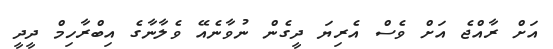
އަށް ރާއްޖެ އަށް ވެސް އެރިޔަ ދީގެން ނުވާނެއޭ ވެލާނާގެ އިބްރާހިމް ދީދީ